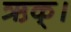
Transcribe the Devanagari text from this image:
ऋक्।